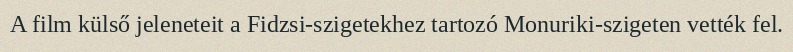
A film külső jeleneteit a Fidzsi-szigetekhez tartozó Monuriki-szigeten vették fel.